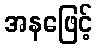
အနဖြေင့်